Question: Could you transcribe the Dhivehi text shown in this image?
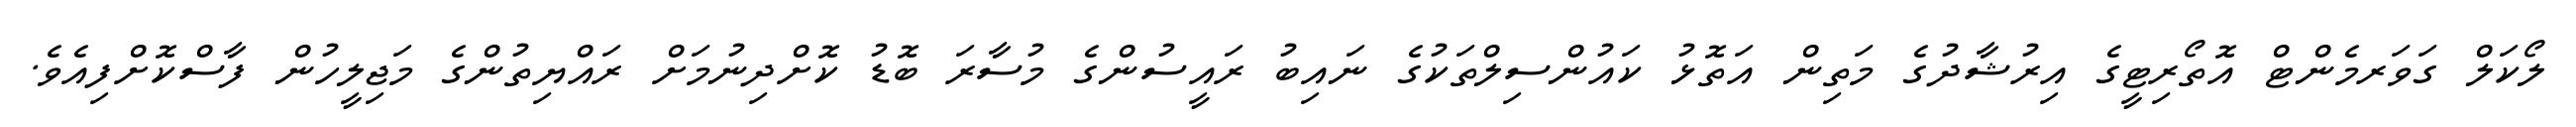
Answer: ލޯކަލް ގަވަރމެންޓް އޮތޯރިޓީގެ އިރުޝާދުގެ މަތިން އަތޮޅު ކައުންސިލްތަކުގެ ނައިބު ރައީސުންގެ މުސާރަ ބޮޑު ކޮށްދިނުމަށް ރައްޔިތުންގެ މަޖިލީހުން ފާސްކޮށްފިއެވެ.